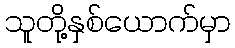
သူတို့နှစ်ယောက်မှာ